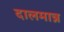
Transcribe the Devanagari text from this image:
दालमान्न